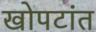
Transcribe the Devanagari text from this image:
खोपटांत